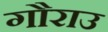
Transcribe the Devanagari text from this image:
गौराउ